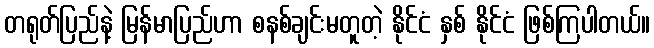
တရုတ်ပြည်နဲ့ မြန်မာပြည်ဟာ စနစ်ချင်းမတူတဲ့ နိုင်ငံ နှစ် နိုင်ငံ ဖြစ်ကြပါတယ်။